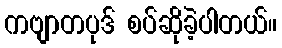
ကဗျာတပုဒ် စပ်ဆိုခဲ့ပါတယ်။